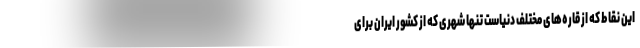
این نقاط که از قاره‌های مختلف دنیاست تنها شهری که از کشور ایران برای